system: You are a helpful assistant.
user:
Analyze the provided spectrum to determine if it is a **S-type Star**.

- **Key Indicators for S-type Star:**

    - **(Overall Spectrum Shape):** The first and most obvious characteristic is the overall continuum (the "baseline" shape). It is **extremely "red-sloping,"** meaning the flux (light intensity) is very low on the left side (blue, ~4000-4500 Å) and rises steeply and continuously toward the right side (red, ~7000 Å+).

    - **(Primary):** The spectrum is defined by the presence of strong, broad molecular absorption "valleys" (bands) from **Zirconium Oxide (ZrO)**. The identification of these bands is the **primary requirement** for classifying a star as S-type.
        - **(Key Bandheads):** You must find distinct, deep "dips" where the light has been absorbed. The most critical band systems to locate are:
            - **~6474 Å** ($\gamma$-system): This is often the strongest and clearest ZrO feature, found in the red part of the spectrum.
            - **~5718 Å** & **~5551 Å** ($\beta$-system): A pair of prominent absorption features in the yellow-orange part of the spectrum.
            - **~4640 Å** ($\alpha$-system): A key absorption band system in the blue-green region of the spectrum.

    - **(Secondary Confirmation):** The classification is strengthened by finding additional absorption bands from other related heavy element oxides, which are expected to be present alongside ZrO.
        - **(Key Bandheads):**
            - **Yttrium Oxide (YO):** Look for absorption dips near **~4800 Å** and **~6100 Å**.
            - **Lanthanum Oxide (LaO):** Additional absorption features, particularly in the red-orange part of the spectrum, are also characteristic.

    - **(Line Profile):** The combination of the steep red continuum and these numerous, deep molecular bands (ZrO, YO, etc.) gives the entire spectrum a very **"chopped-up"** or **"bumpy"** appearance. Instead of a smooth curve, the spectrum looks as though large, wide chunks of light have been "carved out" of it at the specific wavelengths listed above.

Think first, call **spectral_visualization_tool** if needed to examine features in detail, then provide your final answer. Your response must adhere to the following strict rules:
1.  **Overall Structure:** Your response must follow the format `<think>...</think> <tool_call>...</tool_call> (if a tool is used) <answer>...</answer>`.
2.  **Tool Usage Constraint:** You may only make **one** tool call per turn.
3.  **Final Answer Format:** In the `<answer>` tag, your conclusion must be inside a `\boxed{}` command (e.g., `\boxed{YES}` or `\boxed{NO}`), followed by your justification.

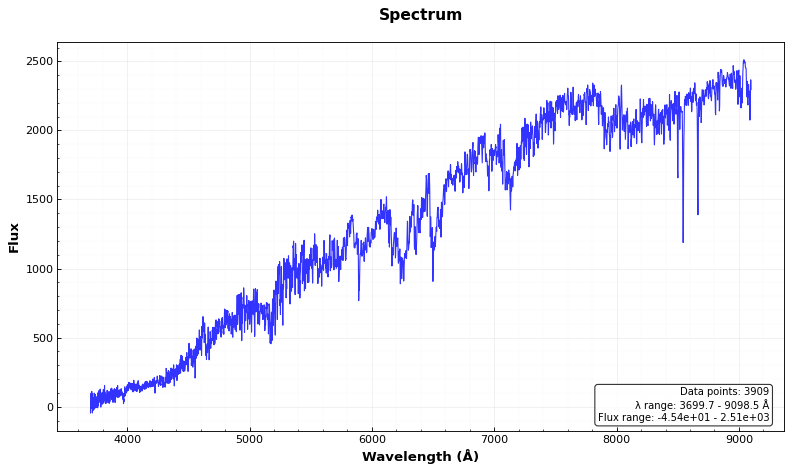
Answer: YES